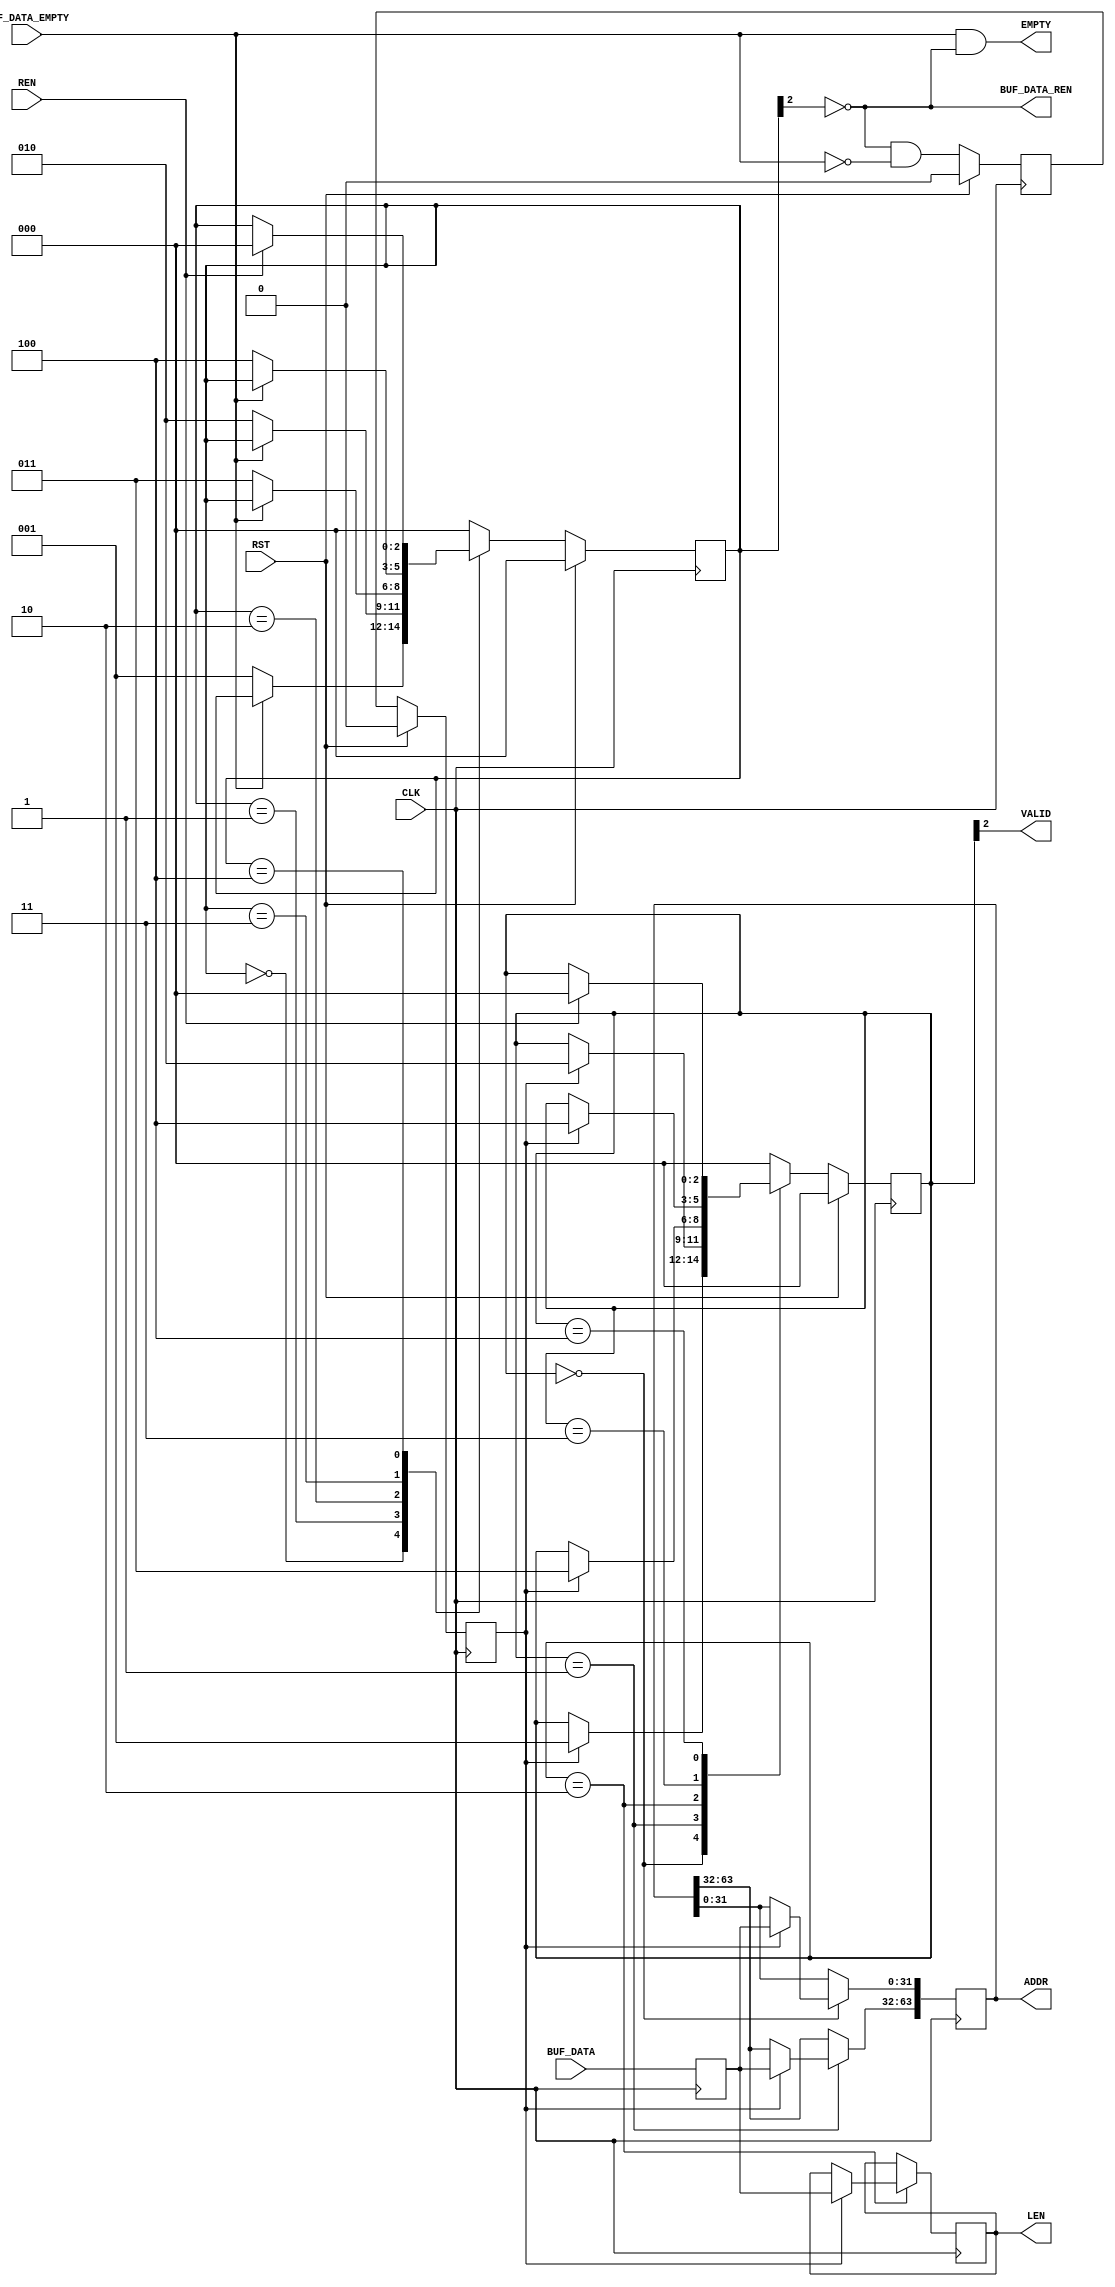
// ----------------------------------------------------------------------
// Copyright (c) 2016, The Regents of the University of California All
// rights reserved.
// 
// Redistribution and use in source and binary forms, with or without
// modification, are permitted provided that the following conditions are
// met:
// 
//     * Redistributions of source code must retain the above copyright
//       notice, this list of conditions and the following disclaimer.
// 
//     * Redistributions in binary form must reproduce the above
//       copyright notice, this list of conditions and the following
//       disclaimer in the documentation and/or other materials provided
//       with the distribution.
// 
//     * Neither the name of The Regents of the University of California
//       nor the names of its contributors may be used to endorse or
//       promote products derived from this software without specific
//       prior written permission.
// 
// THIS SOFTWARE IS PROVIDED BY THE COPYRIGHT HOLDERS AND CONTRIBUTORS
// "AS IS" AND ANY EXPRESS OR IMPLIED WARRANTIES, INCLUDING, BUT NOT
// LIMITED TO, THE IMPLIED WARRANTIES OF MERCHANTABILITY AND FITNESS FOR
// A PARTICULAR PURPOSE ARE DISCLAIMED. IN NO EVENT SHALL REGENTS OF THE
// UNIVERSITY OF CALIFORNIA BE LIABLE FOR ANY DIRECT, INDIRECT,
// INCIDENTAL, SPECIAL, EXEMPLARY, OR CONSEQUENTIAL DAMAGES (INCLUDING,
// BUT NOT LIMITED TO, PROCUREMENT OF SUBSTITUTE GOODS OR SERVICES; LOSS
// OF USE, DATA, OR PROFITS; OR BUSINESS INTERRUPTION) HOWEVER CAUSED AND
// ON ANY THEORY OF LIABILITY, WHETHER IN CONTRACT, STRICT LIABILITY, OR
// TORT (INCLUDING NEGLIGENCE OR OTHERWISE) ARISING IN ANY WAY OUT OF THE
// USE OF THIS SOFTWARE, EVEN IF ADVISED OF THE POSSIBILITY OF SUCH
// DAMAGE.
// ----------------------------------------------------------------------
//----------------------------------------------------------------------------
// Version:				1.00.a
// Verilog Standard:	Verilog-2001
// Description:			Reads data from the scatter gather list buffer.
// History:				@mattj: Version 2.0
//-----------------------------------------------------------------------------
`define S_SGR32_RD_0		3'b000
`define S_SGR32_RD_1		3'b001
`define S_SGR32_RD_2		3'b010
`define S_SGR32_RD_3		3'b011
`define S_SGR32_RD_WAIT		3'b100

`define S_SGR32_CAP_0		3'b000
`define S_SGR32_CAP_1		3'b001
`define S_SGR32_CAP_2		3'b010
`define S_SGR32_CAP_3		3'b011
`define S_SGR32_CAP_RDY		3'b100

`timescale 1ns/1ns
module sg_list_reader_32 #(
	parameter C_DATA_WIDTH = 9'd32
)
(
	input CLK,
	input RST,

	input [C_DATA_WIDTH-1:0] BUF_DATA,	// Scatter gather buffer data 
	input BUF_DATA_EMPTY,				// Scatter gather buffer data empty
	output BUF_DATA_REN,				// Scatter gather buffer data read enable

	output VALID,						// Scatter gather element data is valid
	output EMPTY,						// Scatter gather elements empty
	input REN,							// Scatter gather element data read enable
	output [63:0] ADDR,					// Scatter gather element address
	output [31:0] LEN					// Scatter gather element length (in words)
);

(* syn_encoding = "user" *)
(* fsm_encoding = "user" *)
reg		[2:0]				rRdState=`S_SGR32_RD_0, _rRdState=`S_SGR32_RD_0;

(* syn_encoding = "user" *)
(* fsm_encoding = "user" *)
reg		[2:0]				rCapState=`S_SGR32_CAP_0, _rCapState=`S_SGR32_CAP_0;
reg		[C_DATA_WIDTH-1:0]	rData={C_DATA_WIDTH{1'd0}}, _rData={C_DATA_WIDTH{1'd0}};
reg		[63:0]				rAddr=64'd0, _rAddr=64'd0;
reg		[31:0]				rLen=0, _rLen=0;
reg							rFifoValid=0, _rFifoValid=0;
reg							rDataValid=0, _rDataValid=0;


assign BUF_DATA_REN = !rRdState[2]; // Not S_SGR32_RD_0
assign VALID = rCapState[2]; // S_SGR32_CAP_RDY
assign EMPTY = (BUF_DATA_EMPTY & !rRdState[2]); // Not S_SGR32_RD_0
assign ADDR = rAddr;
assign LEN = rLen;


// Capture address and length as it comes out of the FIFO
always @ (posedge CLK) begin
	rRdState <= #1 (RST ? `S_SGR32_RD_0 : _rRdState);
	rCapState <= #1 (RST ? `S_SGR32_CAP_0 : _rCapState);
	rData <= #1 _rData;
	rFifoValid <= #1 (RST ? 1'd0 : _rFifoValid);
	rDataValid <= #1 (RST ? 1'd0 : _rDataValid);
	rAddr <= #1 _rAddr;
	rLen <= #1 _rLen;
end

always @ (*) begin
	_rRdState = rRdState;
	_rCapState = rCapState;
	_rAddr = rAddr;
	_rLen = rLen;
	_rData = BUF_DATA;
	_rFifoValid = (BUF_DATA_REN & !BUF_DATA_EMPTY);
	_rDataValid = rFifoValid;

	case (rCapState)
	
	`S_SGR32_CAP_0: begin
		if (rDataValid) begin
			_rAddr[31:0] = rData;
			_rCapState = `S_SGR32_CAP_1;
		end
	end

	`S_SGR32_CAP_1: begin
		if (rDataValid) begin
			_rAddr[63:32] = rData;
			_rCapState = `S_SGR32_CAP_2;
		end
	end
	
	`S_SGR32_CAP_2: begin
		if (rDataValid) begin
			_rLen = rData;
			_rCapState = `S_SGR32_CAP_3;
		end
	end

	`S_SGR32_CAP_3: begin
		if (rDataValid)
			_rCapState = `S_SGR32_CAP_RDY;
	end

	`S_SGR32_CAP_RDY: begin
		if (REN)
			_rCapState = `S_SGR32_CAP_0;
	end

	default: begin
		_rCapState = `S_SGR32_CAP_0;
	end
	
	endcase

	case (rRdState)

	`S_SGR32_RD_0: begin // Read from the sg data FIFO
		if (!BUF_DATA_EMPTY)
			_rRdState = `S_SGR32_RD_1;
	end

	`S_SGR32_RD_1: begin // Read from the sg data FIFO
		if (!BUF_DATA_EMPTY)
			_rRdState = `S_SGR32_RD_2;
	end

	`S_SGR32_RD_2: begin // Read from the sg data FIFO
		if (!BUF_DATA_EMPTY)
			_rRdState = `S_SGR32_RD_3;
	end

	`S_SGR32_RD_3: begin // Read from the sg data FIFO
		if (!BUF_DATA_EMPTY)
			_rRdState = `S_SGR32_RD_WAIT;
	end

	`S_SGR32_RD_WAIT: begin // Wait for the data to be consumed
		if (REN)
			_rRdState = `S_SGR32_RD_0;
	end

	default: begin
		_rRdState = `S_SGR32_RD_0;
	end
	
	endcase
end

endmodule